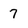
Character: 7